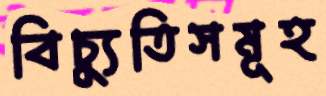
বিচ্যুতিসমূহ